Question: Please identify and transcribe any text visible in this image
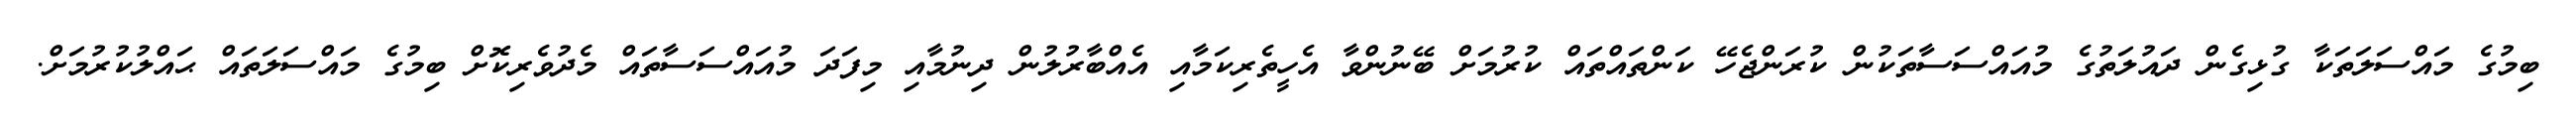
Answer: ބިމުގެ މައްސަލަތަކާ ގުޅިގެން ދައުލަތުގެ މުއައްސަސާތަކުން ކުރަންޖެހޭ ކަންތައްތައް ކުރުމަށް ބޭނުންވާ އެހީތެރިކަމާއި އެއްބާރުލުން ދިނުމާއި މިފަދަ މުއައްސަސާތައް މެދުވެރިކޮށް ބިމުގެ މައްސަލަތައް ޙައްލުކުރުމަށް.